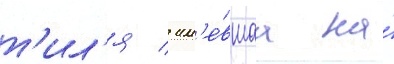
т'ил'я / им'е́вшаа на́